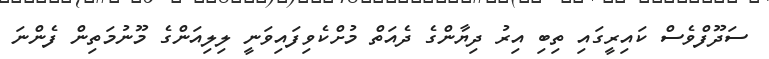
ސަދޫފްވެސް ކައިރީގައި ތިބި އިރު ދިޔާންގެ ދެއަތް މުށްކެވިފައިވަނީ ލިލިއަންގެ މޫނުމަތިން ފެންނަ